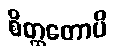
စိတ္တတောပိ